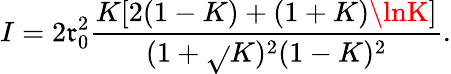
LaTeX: I=2\mathfrak{r}_{0}^{2}\frac{{K[2(1-K)+(1+K)\lnK]}}{{(1+\sqrt{}{{K}})^{2}(1-K)^{2}}}.